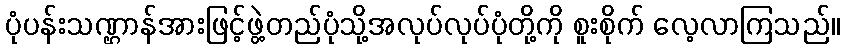
ပုံပန်းသဏ္ဌာန်အားဖြင့်ဖွဲ့တည်ပုံသို့အလုပ်လုပ်ပုံတို့ကို စူးစိုက် လေ့လာကြသည်။